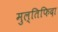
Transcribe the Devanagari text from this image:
मुल्तिफिदा